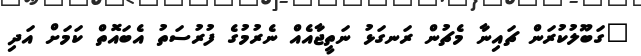
"ގަބޫލުކުރަން ޗައިނާ މެޗުން ރަނގަޅު ނަތީޖާއެއް ނެރުމުގެ ފުރުސަތު އެބައޮތް ކަމަށް އަދި